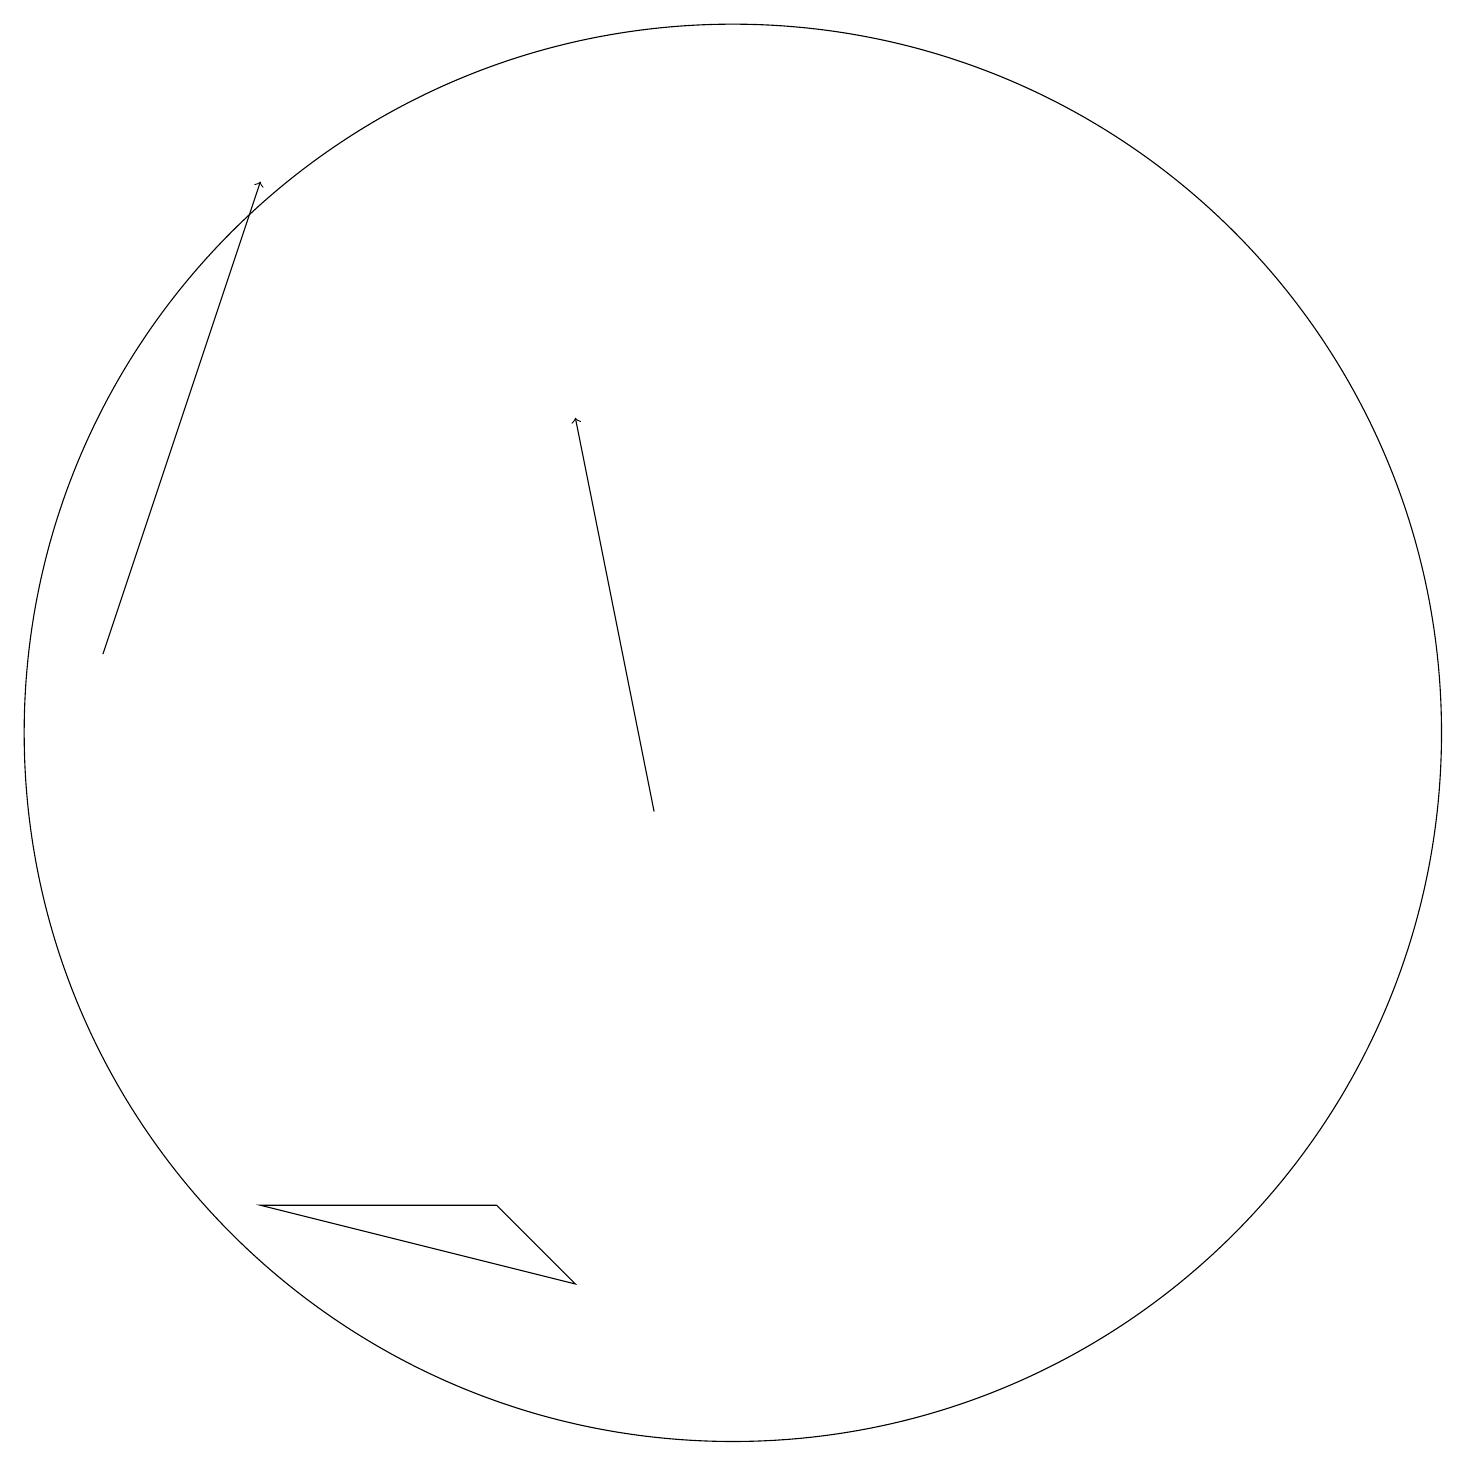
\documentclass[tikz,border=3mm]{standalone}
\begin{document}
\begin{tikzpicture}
\draw[->] (9,10) -- (8,15);
\draw (7,5) -- (4,5) -- (8,4) -- cycle;
\draw[->] (2,12) -- (4,18);
\draw (10,11) circle (9);
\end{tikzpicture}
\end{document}